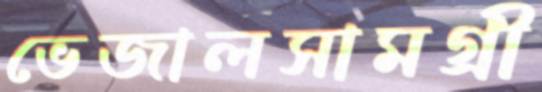
ভেজালসামগ্রী